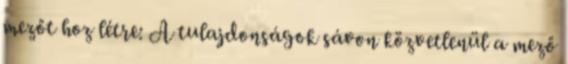
mezőt hoz létre: A tulajdonságok sávon közvetlenül a mező